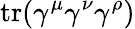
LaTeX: \operatorname{tr}(\gamma^{\mu}\gamma^{\nu}\gamma^{\rho})